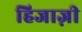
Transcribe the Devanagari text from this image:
हिजाज़ी